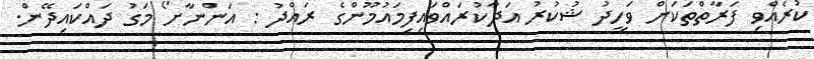
ކުރެއްވި ފަރާތްތަކަށް ވަހީދު ޝުކުރު އަދާކުރައްވައިފިމައުމޫންގެ ރައްދު : އަންނާށޯ މަގު ދައްކައިދޭން.